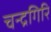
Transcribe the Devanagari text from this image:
चन्द्रगिरि